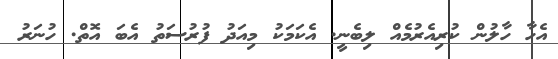
އެހާ ހާލުން ކުރިއެރުމެއް ލިބެނީ. އެކަމަކު މިއަދު ފުރުސަތު އެބަ އޮތް. ހުނަރު